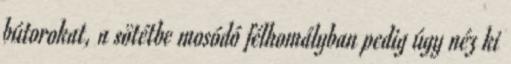
bútorokat, a sötétbe mosódó félhomályban pedig úgy néz ki